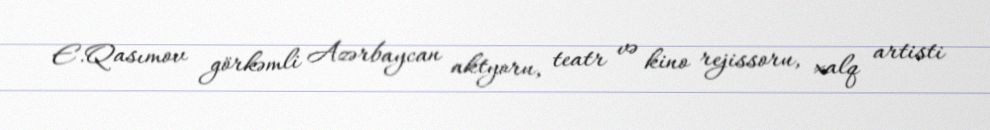
E.Qasımov görkəmli Azərbaycan aktyoru, teatr və kino rejissoru, xalq artisti